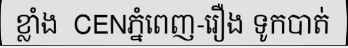
ខ្លាំង  CENភ្នំពេញ-រឿង ទូកបាត់